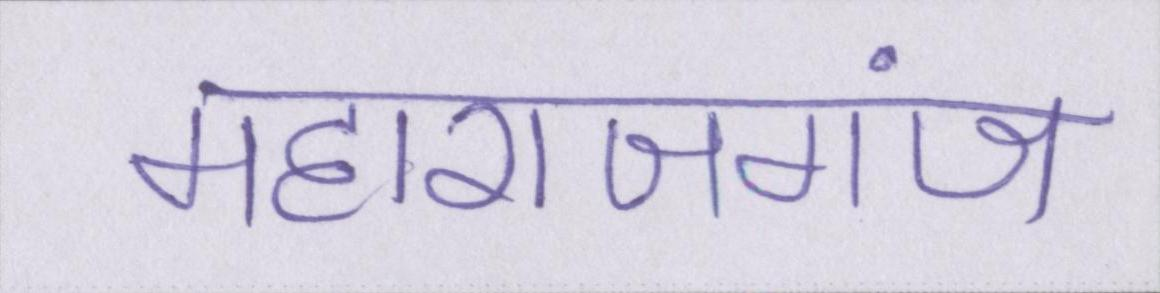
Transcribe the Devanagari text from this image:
महाराजगंज